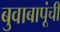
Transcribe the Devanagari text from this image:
बुवाबापूंची